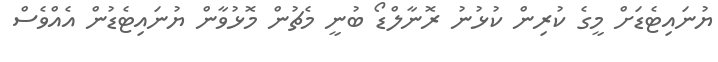
ޔުނައިޓެޑަށް މީގެ ކުރިން ކުޅުނު ރޮނާލްޑޯ ބުނީ މެޗުން މޮޅުވާން ޔުނައިޓެޑުން އެއްވެސް